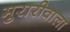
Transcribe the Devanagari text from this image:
मुरारीवाला